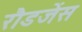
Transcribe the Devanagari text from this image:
रौडजेंस